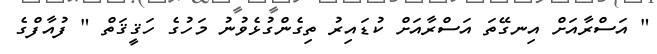
" އަސްރާއަށް އިނގޭތަ އަސްރާއަށް ކުޑައިރު ތިގެންގުޅެވުނު މަހުގެ ހަޤީޤަތް " ފުއާފްގެ